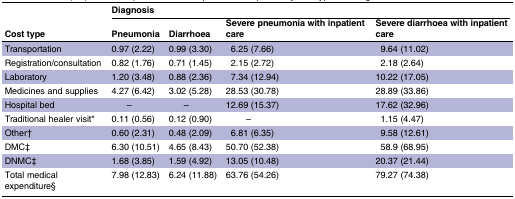
|  | <COLSPAN=4> Diagnosis |
 | Cost type | Pneumonia | Diarrhoea | Severe pneumonia with inpatient care | Severe diarrhoea with inpatient care |
 | --- | --- | --- | --- | --- |
 | Transportation | 0.97 (2.22) | 0.99 (3.30) | 6.25 (7.66) | 9.64 (11.02) |
 | Registration/consultation | 0.82 (1.76) | 0.71 (1.45) | 2.15 (2.72) | 2.18 (2.64) |
 | Laboratory | 1.20 (3.48) | 0.88 (2.36) | 7.34 (12.94) | 10.22 (17.05) |
 | Medicines and supplies | 4.27 (6.42) | 3.02 (5.28) | 28.53 (30.78) | 28.89 (33.86) |
 | Hospital bed | – | – | 12.69 (15.37) | 17.62 (32.96) |
 | Traditional healer visit* | 0.11 (0.56) | 0.12 (0.90) | – | 1.15 (4.47) |
 | Other† | 0.60 (2.31) | 0.48 (2.09) | 6.81 (6.35) | 9.58 (12.61) |
 | DMC‡ | 6.30 (10.51) | 4.65 (8.43) | 50.70 (52.38) | 58.9 (68.95) |
 | DNMC‡ | 1.68 (3.85) | 1.59 (4.92) | 13.05 (10.48) | 20.37 (21.44) |
 | Total medical expenditure§ | 7.98 (12.83) | 6.24 (11.88) | 63.76 (54.26) | 79.27 (74.38) |